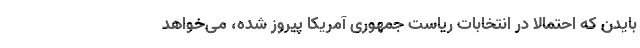
بایدن که احتمالاً در انتخابات ریاست جمهوری آمریکا پیروز شده، می‌خواهد